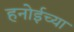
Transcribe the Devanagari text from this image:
हनोईच्या